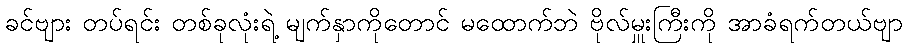
ခင်ဗျား တပ်ရင်း တစ်ခုလုံးရဲ့ မျက်နှာကိုတောင် မထောက်ဘဲ ဗိုလ်မှူးကြီးကို အာခံရက်တယ်ဗျာ